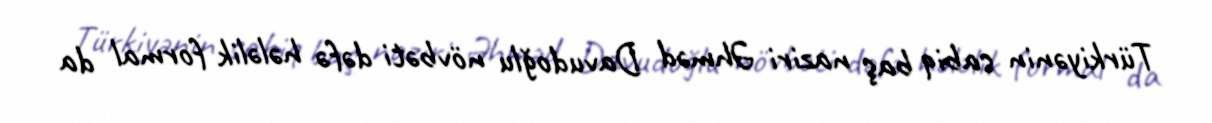
Türkiyənin sabiq baş naziri Əhməd Davudoğlu növbəti dəfə hələlik formal da